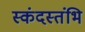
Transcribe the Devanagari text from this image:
स्कंदस्तंभि